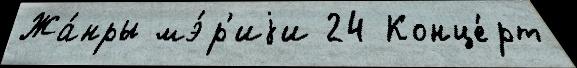
Жа́нры мэ́р'иjи 24 Конце́рт